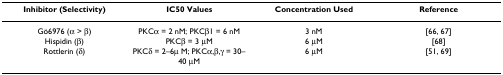
<table><thead><tr><td><b>Inhibitor (Selectivity)</b></td><td><b>IC50 Values</b></td><td><b>Concentration Used</b></td><td><b>Reference</b></td></tr></thead><tbody><tr><td>Gö6976 (α &gt; β)</td><td>PKCα = 2 nM; PKCβ1 = 6 nM</td><td>3 nM</td><td>[66, 67]</td></tr><tr><td>Hispidin (β)</td><td>PKCβ = 3 μM</td><td>6 μM</td><td>[68]</td></tr><tr><td>Rottlerin (δ)</td><td>PKCδ = 2–6μ M; PKCα,β,γ = 30–40 μM</td><td>6 μM</td><td>[51, 69]</td></tr></tbody></table>